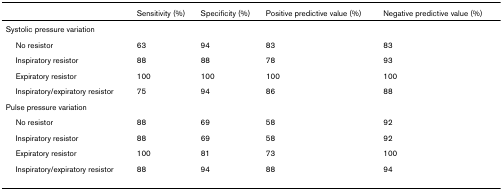
<table><thead><tr><td></td><td><b>Sensitivity (%)</b></td><td><b>Specificity (%)</b></td><td><b>Positive predictive value (%)</b></td><td><b>Negative predictive value (%)</b></td></tr></thead><tbody><tr><td>Systolic pressure variation</td><td></td><td></td><td></td><td></td></tr><tr><td> No resistor</td><td>63</td><td>94</td><td>83</td><td>83</td></tr><tr><td> Inspiratory resistor</td><td>88</td><td>88</td><td>78</td><td>93</td></tr><tr><td> Expiratory resistor</td><td>100</td><td>100</td><td>100</td><td>100</td></tr><tr><td> Inspiratory/expiratory resistor</td><td>75</td><td>94</td><td>86</td><td>88</td></tr><tr><td>Pulse pressure variation</td><td></td><td></td><td></td><td></td></tr><tr><td> No resistor</td><td>88</td><td>69</td><td>58</td><td>92</td></tr><tr><td> Inspiratory resistor</td><td>88</td><td>69</td><td>58</td><td>92</td></tr><tr><td> Expiratory resistor</td><td>100</td><td>81</td><td>73</td><td>100</td></tr><tr><td> Inspiratory/expiratory resistor</td><td>88</td><td>94</td><td>88</td><td>94</td></tr></tbody></table>